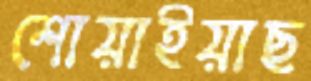
শোয়াইয়াছ